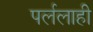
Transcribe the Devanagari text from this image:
पर्ललाही